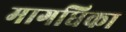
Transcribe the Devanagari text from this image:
मागधिका